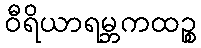
ဝီရိယာရမ္ဘကထဉ္စ